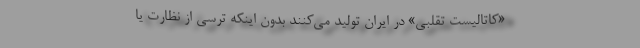
«کاتالیست تقلبی» در ایران تولید می‌کنند بدون اینکه ترسی از نظارت یا